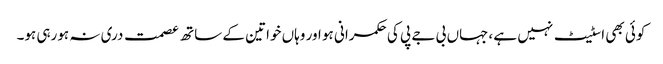
کوئی بھی اسٹیٹ نہیں ہے ،جہاں بی جے پی کی حکمرانی ہو اور وہاں خواتین کے ساتھ عصمت دری نہ ہورہی ہو۔